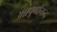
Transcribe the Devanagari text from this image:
अन्नपूर्णानन्द